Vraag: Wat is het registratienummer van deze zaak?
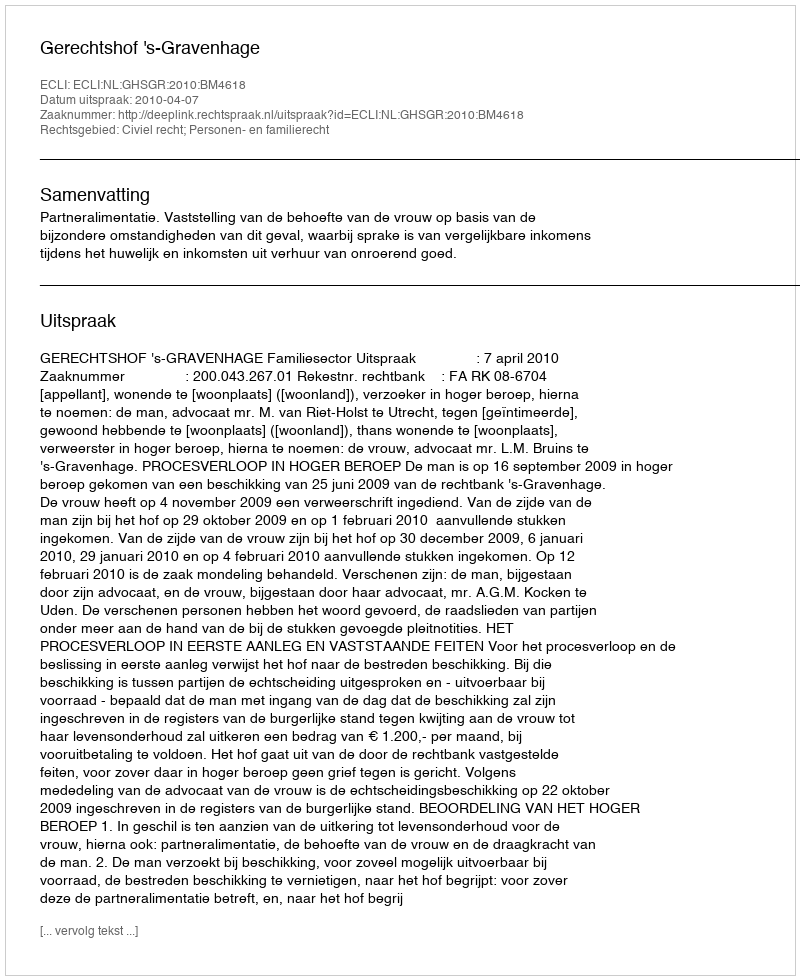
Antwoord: http://deeplink.rechtspraak.nl/uitspraak?id=ECLI:NL:GHSGR:2010:BM4618